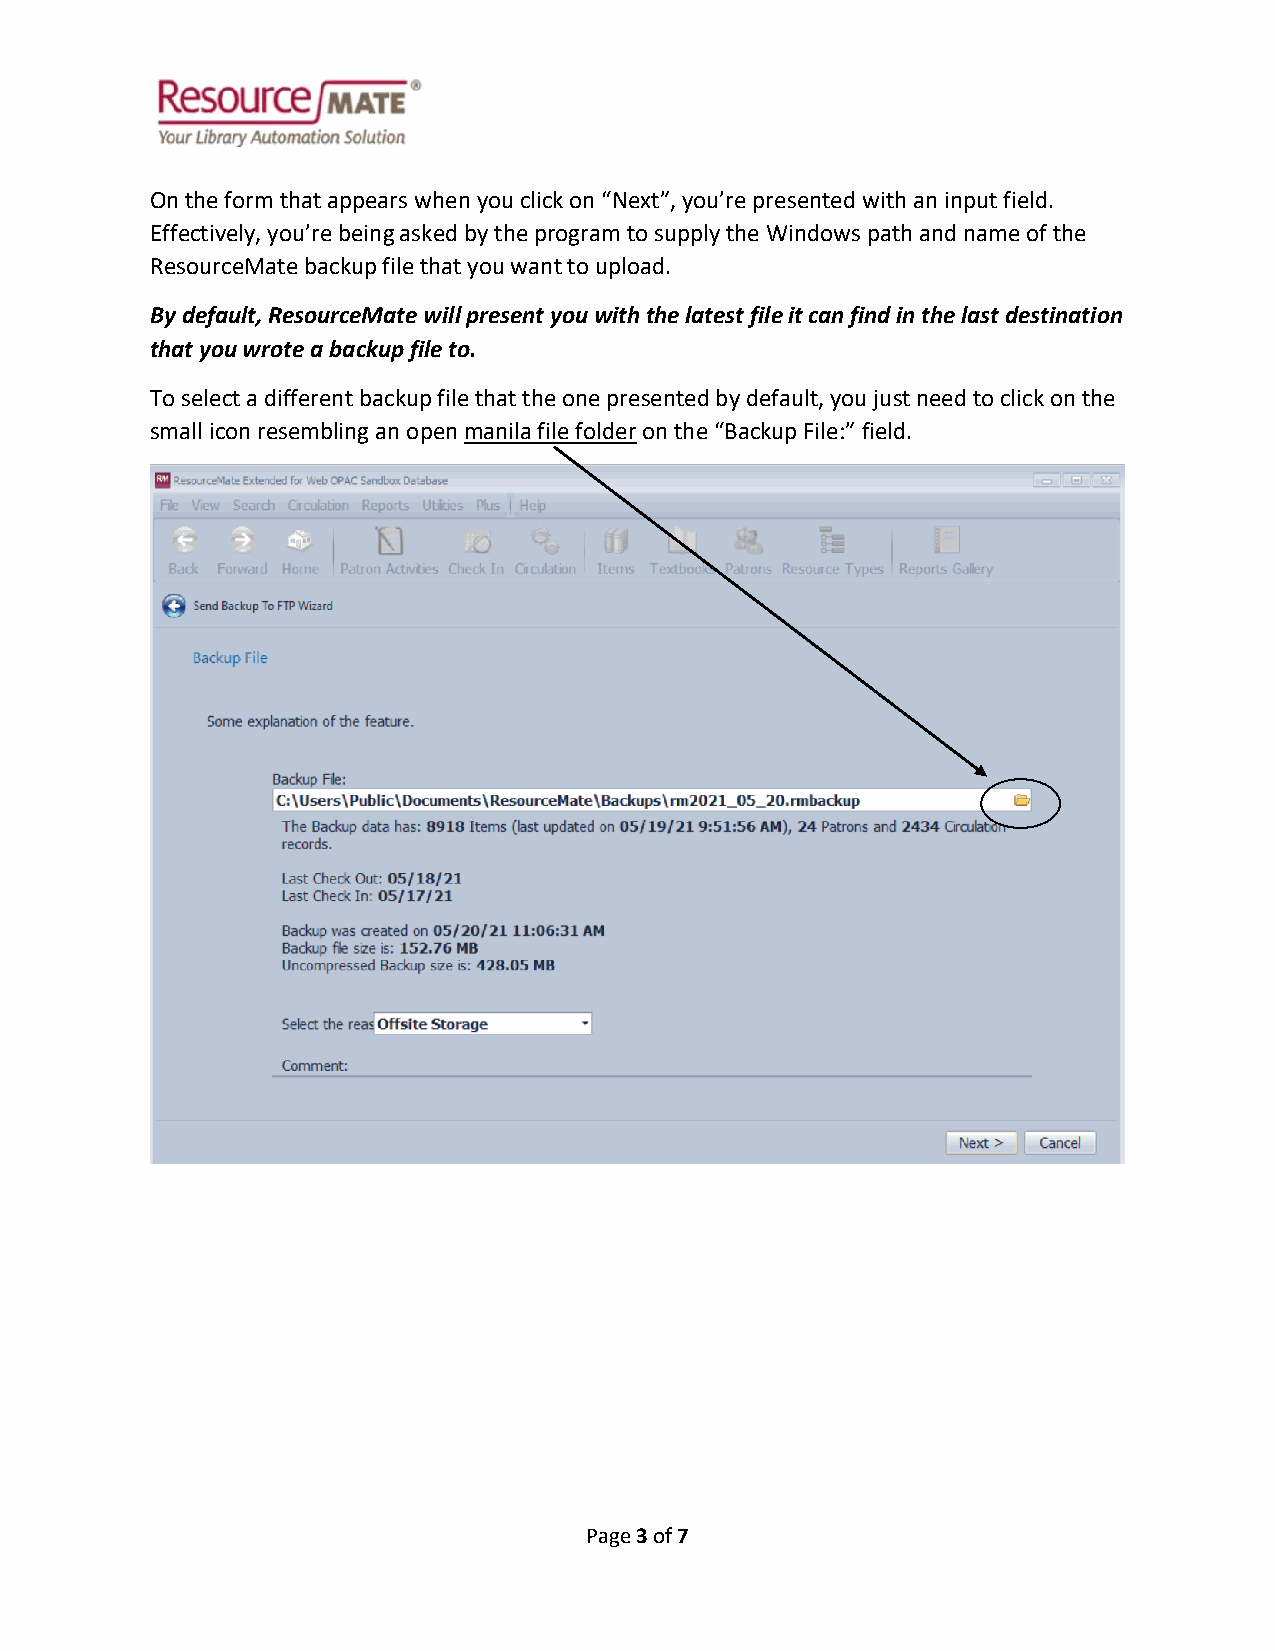
On the form that appears when you click on “Next”, you’re presented with an input field.
 Effectively, you’re being asked by the program to supply the Windows path and name of the
 ResourceMate backup file that you want to upload.
 By default, ResourceMate will present you with the latest file it can find in the last destination
 that you wrote a backup file to.
 To select a different backup file that the one presented by default, you just need to click on the
 small icon resembling an open manila file folder on the “Backup File:” field.
 Page 3 of 7